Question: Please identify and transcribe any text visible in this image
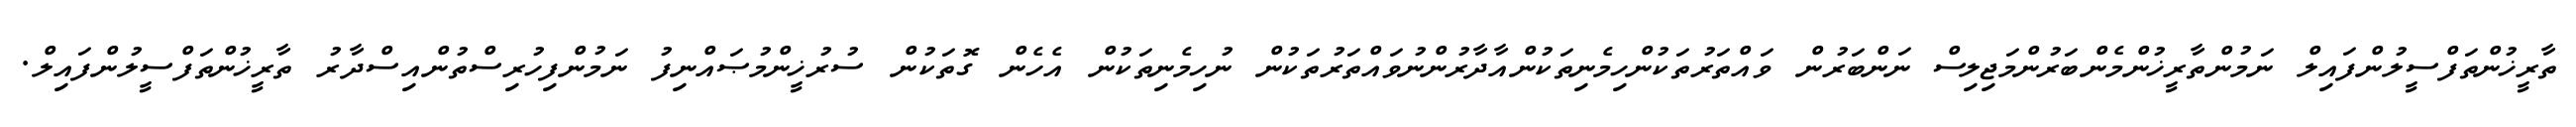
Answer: ތާރީޚުންތަފްސީލުންފައިލް ނަމުންތާރީޚުންމެންބަރުންމަޖިލިސް ނަންބަރުން ވައްތަރުތަކުންހިމެނިތަކުންއާދާރުންނުވައްތަރުތަކުން ނުހިމެނިތަކުން އެހެން ގޮތަކުން ސުރުޚީންމުޞައްނިފު ނަމުންފިހުރިސްތުންއިސްދާރު ތާރީޚުންތަފްސީލުންފައިލް.